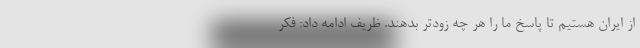
از ایران هستیم تا پاسخ ما را هر چه زودتر بدهند. ظریف ادامه داد: فکر